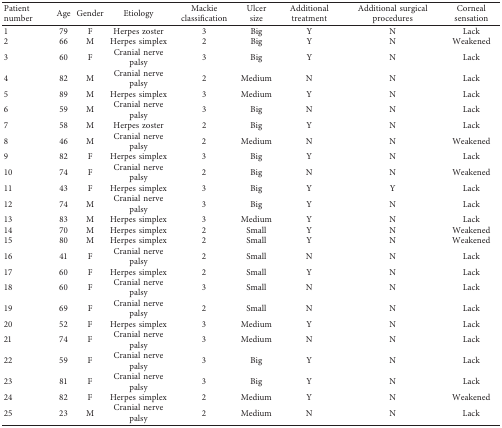
<table><thead><tr><td><b>Patient number</b></td><td><b>Age</b></td><td><b>Gender</b></td><td><b>Etiology</b></td><td><b>Mackie classification</b></td><td><b>Ulcer size</b></td><td><b>Additional treatment</b></td><td><b>Additional surgical procedures</b></td><td><b>Corneal sensation</b></td></tr></thead><tbody><tr><td>1</td><td>79</td><td>F</td><td>Herpes zoster</td><td>3</td><td>Big</td><td>Y</td><td>N</td><td>Lack</td></tr><tr><td>2</td><td>66</td><td>M</td><td>Herpes simplex</td><td>2</td><td>Big</td><td>Y</td><td>N</td><td>Weakened</td></tr><tr><td>3</td><td>60</td><td>F</td><td>Cranial nerve palsy</td><td>3</td><td>Big</td><td>Y</td><td>N</td><td>Lack</td></tr><tr><td>4</td><td>82</td><td>M</td><td>Cranial nerve palsy</td><td>2</td><td>Medium</td><td>N</td><td>N</td><td>Lack</td></tr><tr><td>5</td><td>89</td><td>M</td><td>Herpes simplex</td><td>3</td><td>Medium</td><td>Y</td><td>N</td><td>Lack</td></tr><tr><td>6</td><td>59</td><td>M</td><td>Cranial nerve palsy</td><td>3</td><td>Big</td><td>N</td><td>N</td><td>Lack</td></tr><tr><td>7</td><td>58</td><td>M</td><td>Herpes zoster</td><td>2</td><td>Big</td><td>Y</td><td>N</td><td>Lack</td></tr><tr><td>8</td><td>46</td><td>M</td><td>Cranial nerve palsy</td><td>2</td><td>Medium</td><td>N</td><td>N</td><td>Weakened</td></tr><tr><td>9</td><td>82</td><td>F</td><td>Herpes simplex</td><td>3</td><td>Big</td><td>Y</td><td>N</td><td>Lack</td></tr><tr><td>10</td><td>74</td><td>F</td><td>Cranial nerve palsy</td><td>2</td><td>Big</td><td>N</td><td>N</td><td>Weakened</td></tr><tr><td>11</td><td>43</td><td>F</td><td>Herpes simplex</td><td>3</td><td>Big</td><td>Y</td><td>Y</td><td>Lack</td></tr><tr><td>12</td><td>74</td><td>M</td><td>Cranial nerve palsy</td><td>3</td><td>Big</td><td>Y</td><td>N</td><td>Lack</td></tr><tr><td>13</td><td>83</td><td>M</td><td>Herpes simplex</td><td>3</td><td>Medium</td><td>Y</td><td>N</td><td>Lack</td></tr><tr><td>14</td><td>70</td><td>M</td><td>Herpes simplex</td><td>2</td><td>Small</td><td>Y</td><td>N</td><td>Weakened</td></tr><tr><td>15</td><td>80</td><td>M</td><td>Herpes simplex</td><td>2</td><td>Small</td><td>Y</td><td>N</td><td>Weakened</td></tr><tr><td>16</td><td>41</td><td>F</td><td>Cranial nerve palsy</td><td>2</td><td>Small</td><td>N</td><td>N</td><td>Lack</td></tr><tr><td>17</td><td>60</td><td>F</td><td>Herpes simplex</td><td>2</td><td>Small</td><td>Y</td><td>N</td><td>Lack</td></tr><tr><td>18</td><td>60</td><td>F</td><td>Cranial nerve palsy</td><td>3</td><td>Small</td><td>N</td><td>N</td><td>Lack</td></tr><tr><td>19</td><td>69</td><td>F</td><td>Cranial nerve palsy</td><td>2</td><td>Small</td><td>N</td><td>N</td><td>Lack</td></tr><tr><td>20</td><td>52</td><td>F</td><td>Herpes simplex</td><td>3</td><td>Medium</td><td>Y</td><td>N</td><td>Lack</td></tr><tr><td>21</td><td>74</td><td>F</td><td>Cranial nerve palsy</td><td>3</td><td>Medium</td><td>N</td><td>N</td><td>Lack</td></tr><tr><td>22</td><td>59</td><td>F</td><td>Cranial nerve palsy</td><td>3</td><td>Big</td><td>Y</td><td>N</td><td>Lack</td></tr><tr><td>23</td><td>81</td><td>F</td><td>Cranial nerve palsy</td><td>3</td><td>Big</td><td>Y</td><td>N</td><td>Lack</td></tr><tr><td>24</td><td>82</td><td>F</td><td>Herpes simplex</td><td>2</td><td>Medium</td><td>Y</td><td>N</td><td>Weakened</td></tr><tr><td>25</td><td>23</td><td>M</td><td>Cranial nerve palsy</td><td>2</td><td>Medium</td><td>N</td><td>N</td><td>Lack</td></tr></tbody></table>